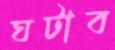
ঘটাব